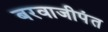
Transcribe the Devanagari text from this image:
बरवाजीपंत